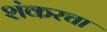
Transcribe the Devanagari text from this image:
शंकरचा